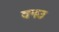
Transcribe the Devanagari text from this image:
वनउ